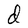
Character: d